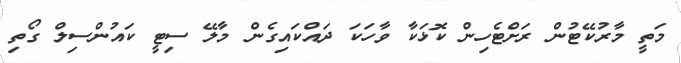
މަތީ މާރުކޭޓުން ރަށްޓެހިން ކޮޅަކާ ވާހަކަ ދައްކައިގެން މާލޭ ސިޓީ ކައުންސިލް ގޯތި